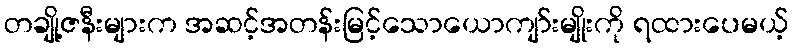
တချို့ဇနီးများက အဆင့်အတန်းမြင့်သောယောကျာ်းမျိုးကို ရထားပေမယ့်